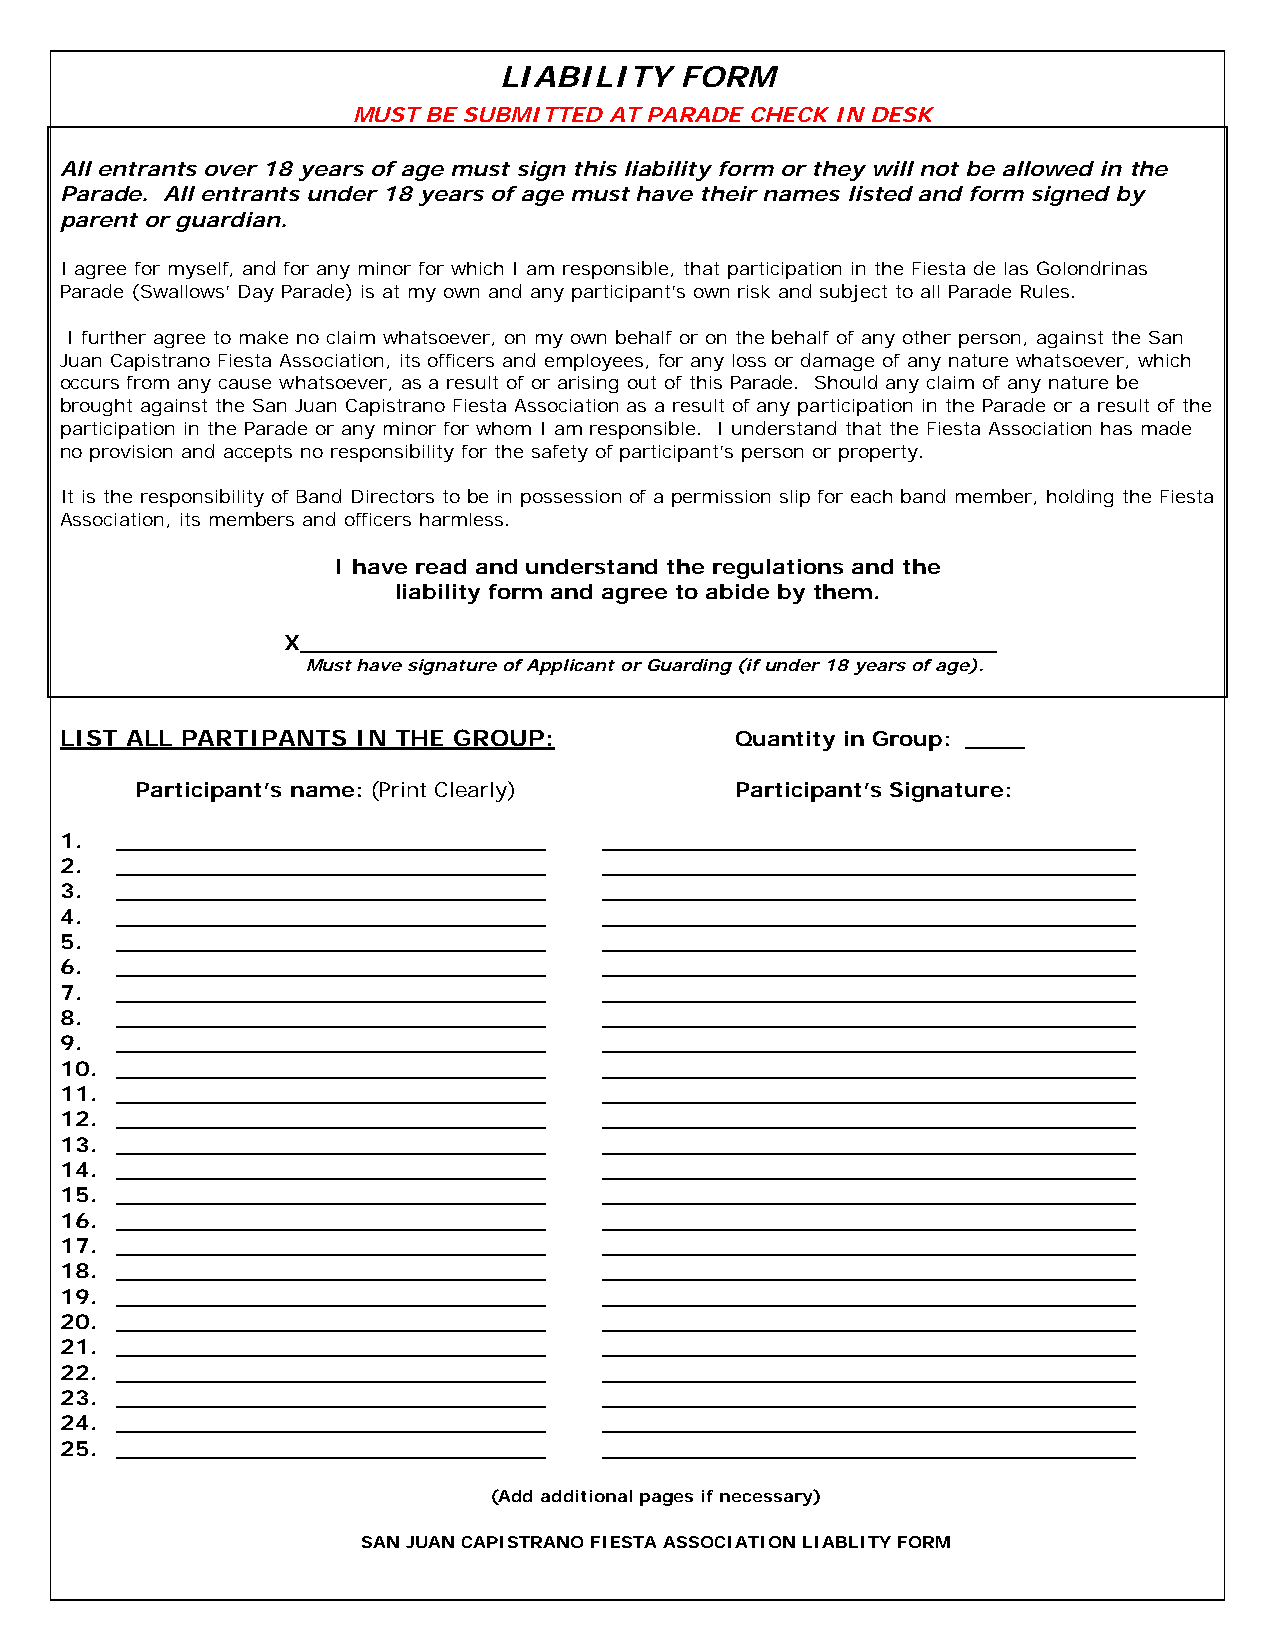
LIABILITY   FORM
 MUST BE SUBMITTED AT PARADE CHECK IN DESK
 All entrants over 18 years of age must sign this liability form or they will not be allowed in the
 Parade. All entrants under 18 years of age must have their names listed and form signed by
 parent or guardian.
 I agree for myself, and for any minor for which I am responsible, that participation in the Fiesta de las Golondrinas
 Parade (Swallows’ Day Parade) is at my own and any participant’s own risk and subject to all Parade Rules.
 I further agree to make no claim whatsoever, on my own behalf or on the behalf of any other person, against the San
 Juan Capistrano Fiesta Association, its officers and employees, for any loss or damage of any nature whatsoever, which
 occurs from any cause whatsoever, as a result of or arising out of this Parade. Should any claim of any nature be
 brought against the San Juan Capistrano Fiesta Association as a result of any participation in the Parade or a result of the
 participation in the Parade or any minor for whom I am responsible. I understand that the Fiesta Association has made
 no provision and accepts no responsibility for the safety of participant’s person or property.
 It is the responsibility of Band Directors to be in possession of a permission slip for each band member, holding the Fiesta
 Association, its members and officers harmless.
 I have read and understand the regulations and the
 liability form and agree to abide by them.
 X_______________________________________________
 Must have signature of Applicant or Guarding (if under 18 years of age).
 LIST ALL PARTIPANTS IN THE GROUP:            Quantity in Group: ____
 Participant’s name: (Print Clearly)     Participant’s Signature:
 1.  _____________________________   ____________________________________
 2.  _____________________________   ____________________________________
 3.  _____________________________   ____________________________________
 4.  _____________________________   ____________________________________
 5.  _____________________________   ____________________________________
 6.  _____________________________   ____________________________________
 7.  _____________________________   ____________________________________
 8.  _____________________________   ____________________________________
 9.  _____________________________   ____________________________________
 10. _____________________________   ____________________________________
 11. _____________________________   ____________________________________
 12. _____________________________   ____________________________________
 13. _____________________________   ____________________________________
 14. _____________________________   ____________________________________
 15. _____________________________   ____________________________________
 16. _____________________________   ____________________________________
 17. _____________________________   ____________________________________
 18. _____________________________   ____________________________________
 19. _____________________________   ____________________________________
 20. _____________________________   ____________________________________
 21. _____________________________   ____________________________________
 22. _____________________________   ____________________________________
 23. _____________________________   ____________________________________
 24. _____________________________   ____________________________________
 25. _____________________________   ____________________________________
 (Add additional pages if necessary)
 SAN JUAN CAPISTRANO FIESTA ASSOCIATION LIABLITY FORM